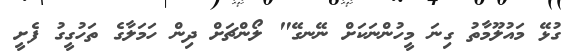
ގުޅޭ މައުލޫމާތު ގިނަ މީހުންނަކަށް ނޭނގޭ" ލޯންޗަށް ދިން ހަމަލާގެ ތަހުގީގު ފެށީ